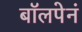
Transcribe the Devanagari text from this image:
बॉलपेनं